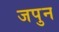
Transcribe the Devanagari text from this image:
जपुन